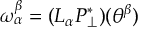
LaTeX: \partial _ { \tau } \theta = 0 , \qquad \lambda = 0 ,